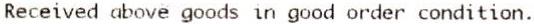
RECEIVED ABOVE GOODS IN GOOD ORDER CONDITION.